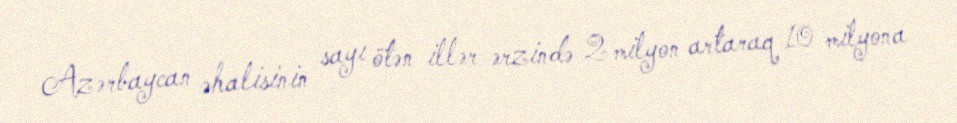
Azərbaycan əhalisinin sayı ötən illər ərzində 2 milyon artaraq 10 milyona